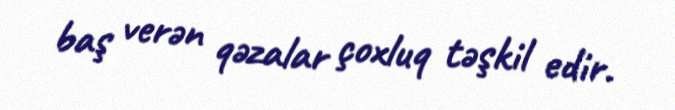
baş verən qəzalar çoxluq təşkil edir.